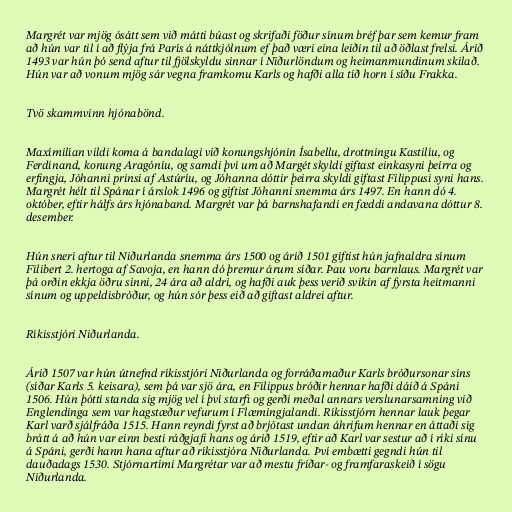
Margrét var mjög ósátt sem við mátti búast og skrifaði föður sínum bréf þar sem kemur fram
að hún var til í að flýja frá París á náttkjólnum ef það væri eina leiðin til að öðlast frelsi. Árið
1493 var hún þó send aftur til fjölskyldu sinnar í Niðurlöndum og heimanmundinum skilað.
Hún var að vonum mjög sár vegna framkomu Karls og hafði alla tíð horn í síðu Frakka.

Tvö skammvinn hjónabönd.

Maxímilían vildi koma á bandalagi við konungshjónin Ísabellu, drottningu Kastilíu, og
Ferdínand, konung Aragóníu, og samdi því um að Margét skyldi giftast einkasyni þeirra og
erfingja, Jóhanni prinsi af Astúríu, og Jóhanna dóttir þeirra skyldi giftast Filippusi syni hans.
Margrét hélt til Spánar í árslok 1496 og giftist Jóhanni snemma árs 1497. En hann dó 4.
október, eftir hálfs árs hjónaband. Margrét var þá barnshafandi en fæddi andavana dóttur 8.
desember.

Hún sneri aftur til Niðurlanda snemma árs 1500 og árið 1501 giftist hún jafnaldra sínum
Filibert 2. hertoga af Savoja, en hann dó þremur árum síðar. Þau voru barnlaus. Margrét var
þá orðin ekkja öðru sinni, 24 ára að aldri, og hafði auk þess verið svikin af fyrsta heitmanni
sínum og uppeldisbróður, og hún sór þess eið að giftast aldrei aftur.

Ríkisstjóri Niðurlanda.

Árið 1507 var hún útnefnd ríkisstjóri Niðurlanda og forráðamaður Karls bróðursonar síns
(síðar Karls 5. keisara), sem þá var sjö ára, en Filippus bróðir hennar hafði dáið á Spáni
1506. Hún þótti standa sig mjög vel í því starfi og gerði meðal annars verslunarsamning við
Englendinga sem var hagstæður vefurum í Flæmingjalandi. Ríkisstjórn hennar lauk þegar
Karl varð sjálfráða 1515. Hann reyndi fyrst að brjótast undan áhrifum hennar en áttaði sig
brátt á að hún var einn besti ráðgjafi hans og árið 1519, eftir að Karl var sestur að í ríki sínu
á Spáni, gerði hann hana aftur að ríkisstjóra Niðurlanda. Því embætti gegndi hún til
dauðadags 1530. Stjórnartími Margrétar var að mestu friðar- og framfaraskeið í sögu
Niðurlanda.